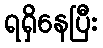
ရရှိနေပြီး